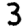
Digit: 3